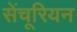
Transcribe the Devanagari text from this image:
सेंचूरियन